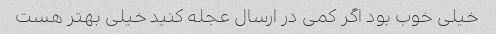
خیلی خوب بود اگر کمی در ارسال عجله کنید خیلی بهتر هست